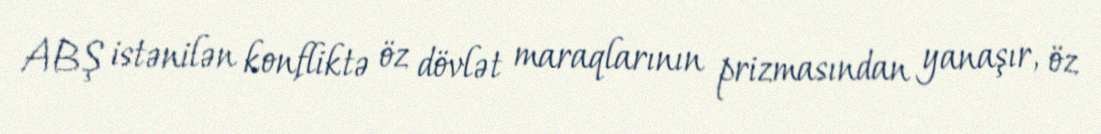
ABŞ istənilən konfliktə öz dövlət maraqlarının prizmasından yanaşır, öz